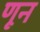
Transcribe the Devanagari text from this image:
णून